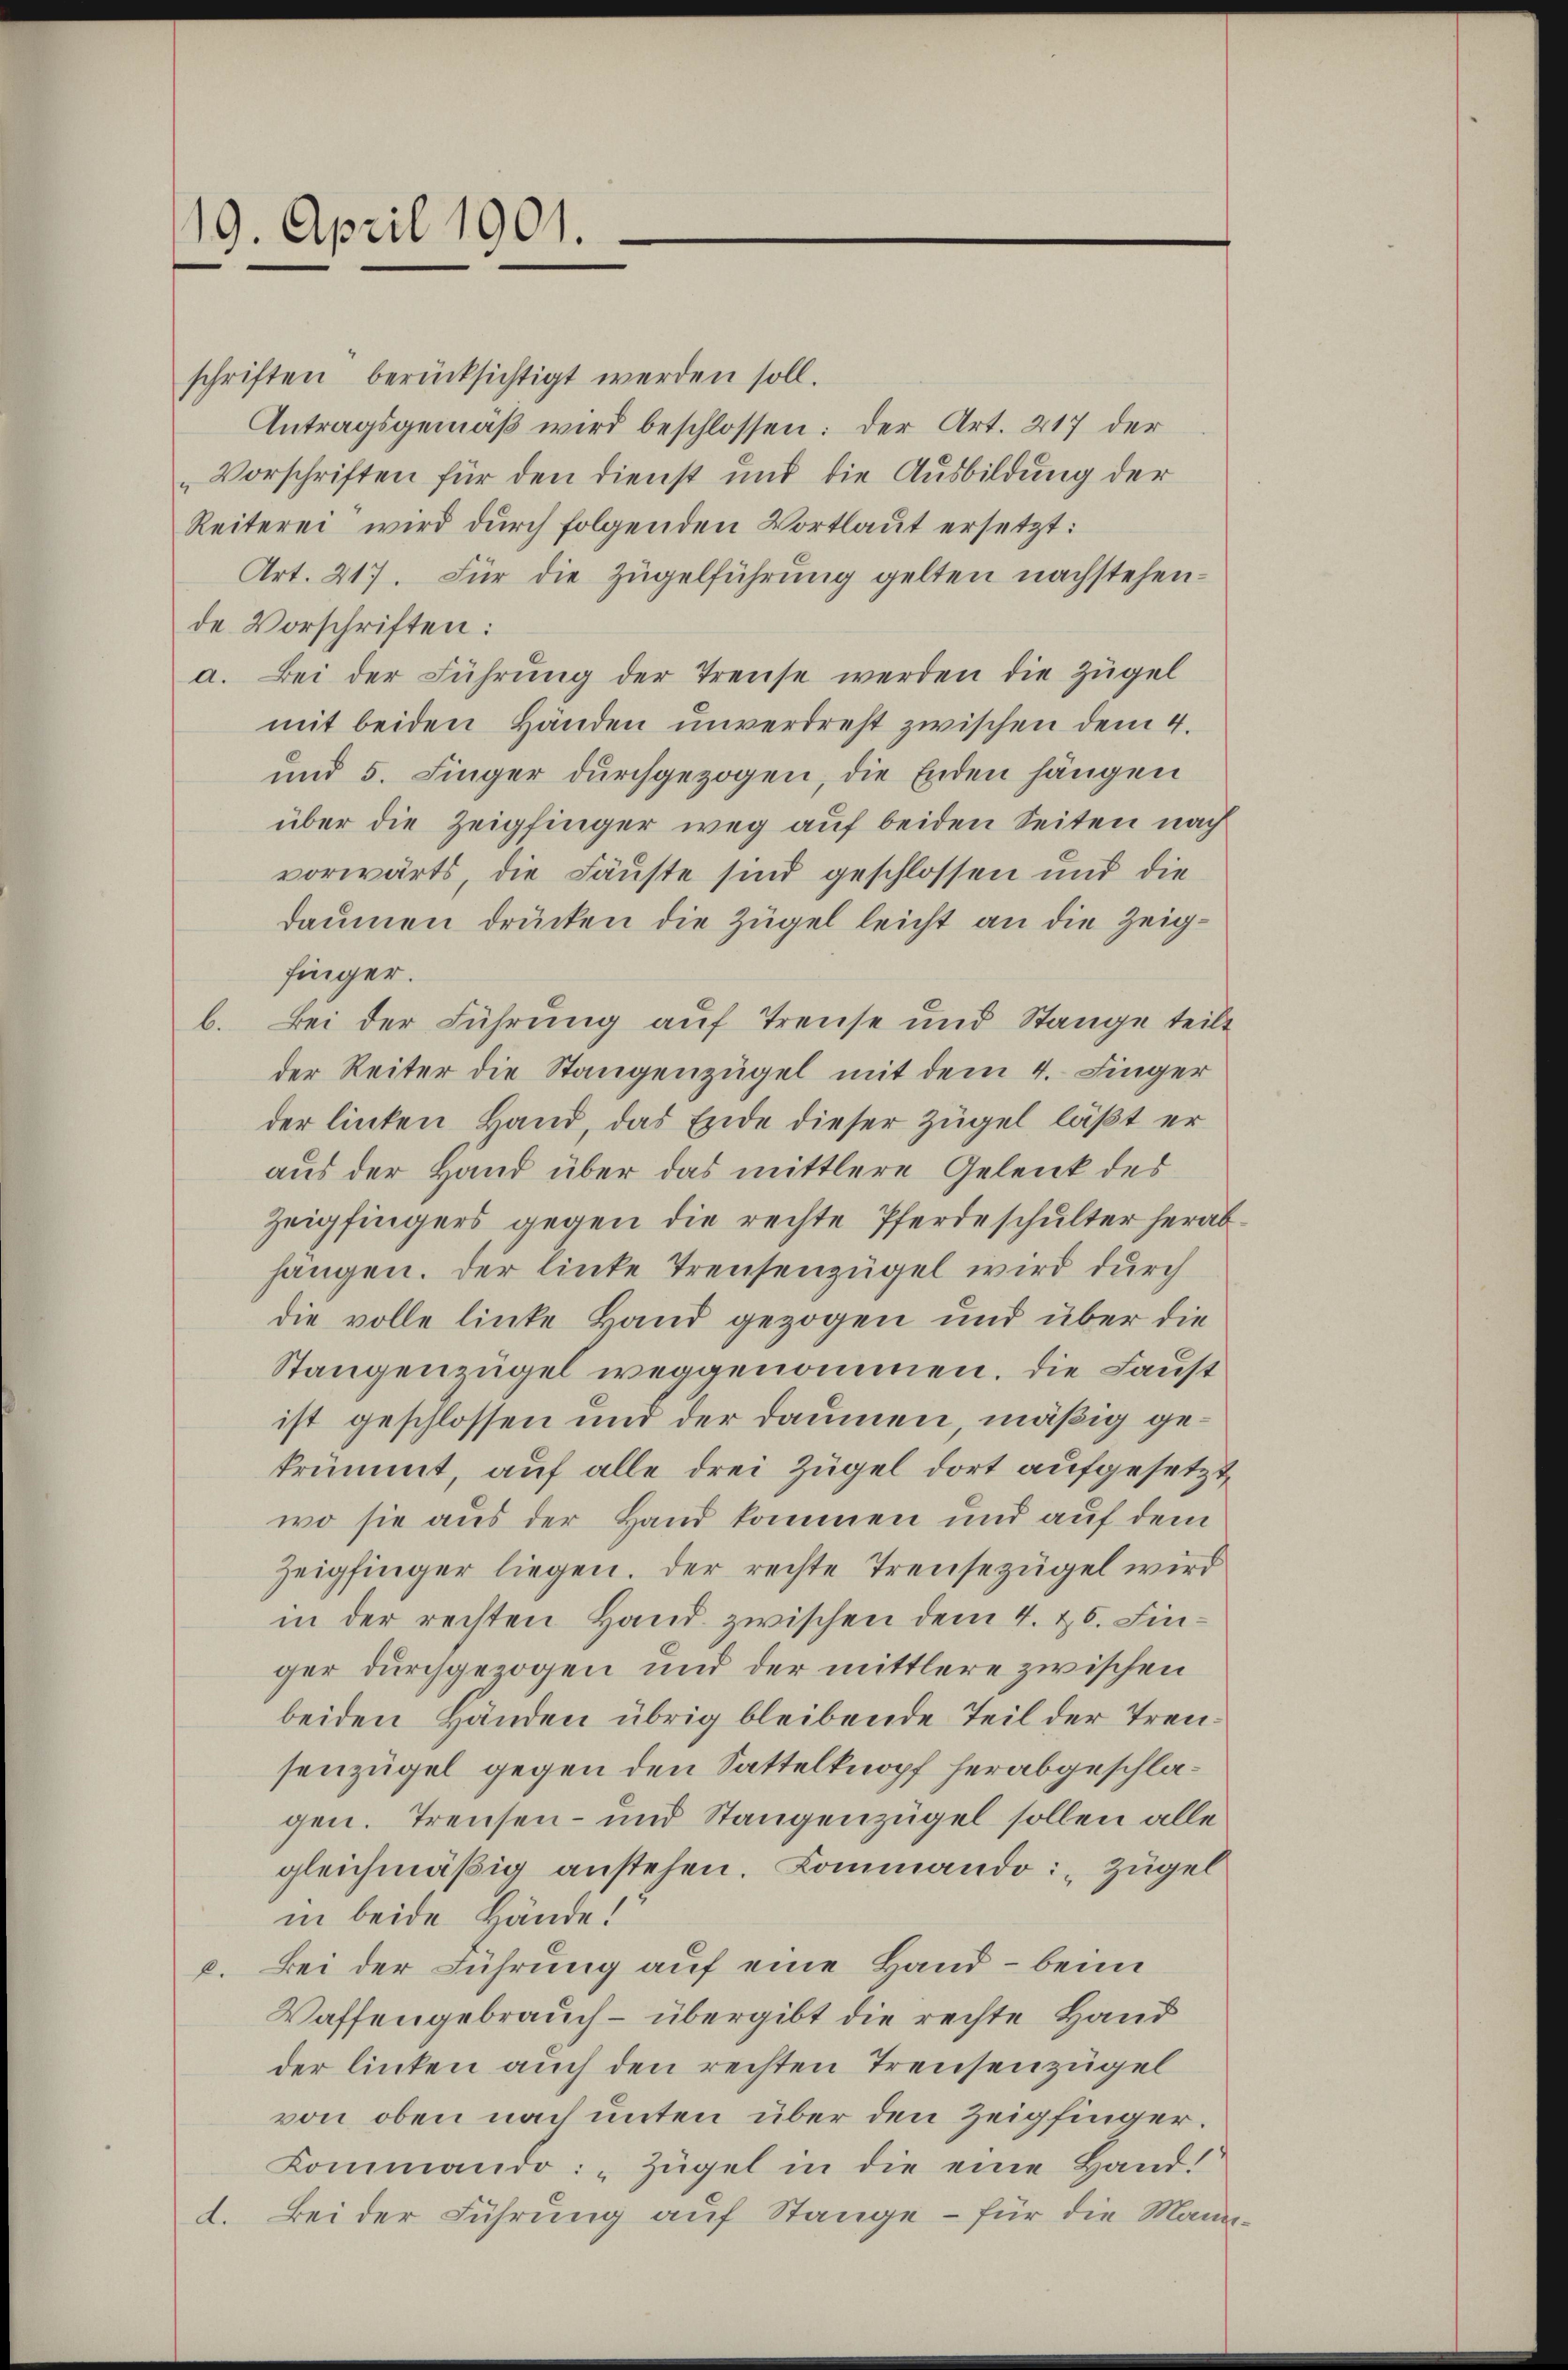
19. April 1901.

schriften berücksichtigt werden soll.
Antragsgemäß wird beschlossen: der Art. 217 der
„Vorschriften für den dienst und die Ausbildung der
Reiterei wird durch folgenden Vortlaut ersetzt:
Art. 217. Für die Zügelführung gelten nachstehende Vorschriften:
a. Bei der Führung der Treuse werden die Zügel
mit beiden Händen unverdreht zwischen dem 4.
und 5. Finger durchgezogen, die Enden hängen
über die Zeigfinger weg auf beiden Seiten nach
vorwärts die Fäuste sind geschlossen und die
daumen drücken die Zügel leicht an die Zeigfinger.
b. Bei der Führung auf Treuse und Stange teilt
der Reiter die Stangenzügel mit dem 4. Finger
der linken Hand, das Ende dieser Zügel läßt er
aus der Hand über das mittlere Gelenk des
Zeigfingers gegen die rechte Pferdeschulter herabhangen. Der linke Treusenzügel wird durch
die volle linke Hand gezogen und über die
Stangenzügel weggenommen. Die Laust
ist geschlossen und der Daumen, mäßig gekrümmt, auf alle drei Zügel dort aufgesetzt
wo sie aus der Hand kommen und auf dem
Zeigfinger liegen. Der rechte Treusezügel wird
in der rechten Hand zwischen dem 4. 16. Fin
ger durchgezogen und der mittlere zwischen
beiden Händen übrig bleibende Teil der Treusenzügel gegen den Sattelknopf herabgeschlagen. Treusen- und Stangenzügel sollen alle
gleichmäßig anstehen. Kommando: „Zügel
in beide Hände!
c. Bei der Führung auf eine Hand – beim
Waffengebrauch – übergibt die rechte Hand
der linken auch den rechten Treusenzügel
von oben nach unten über den Zeigfinger.
Kommando: „Zügel in die eine Hand
Bei der Führung auf Stange – für die Mannd.